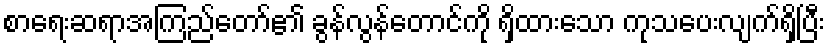
စာရေးဆရာအကြည်တော်၏ ခွန်လွန်တောင်ကို ရှိထားသော ကုသပေးလျက်ရှိပြီး